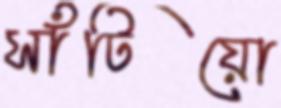
সাঁটিয়ো